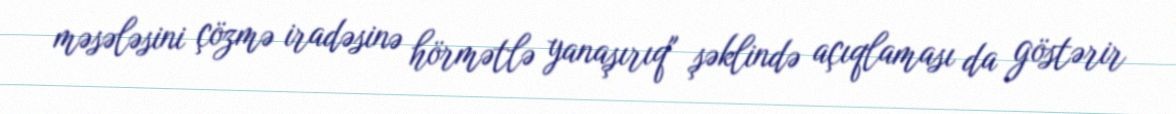
məsələsini çözmə iradəsinə hörmətlə yanaşırıq" şəklində açıqlaması da göstərir